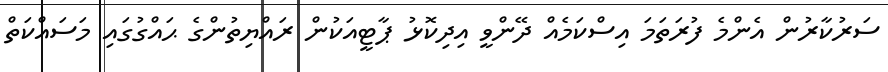
ސަރުކާރުން އެންމެ ފުރަތަމަ އިސްކަމެއް ދޭންވީ އިދިކޮޅު ޕާޓީއަކުން ރައްޔިތުންގެ ޙައްގުގައި މަސައްކަތް